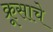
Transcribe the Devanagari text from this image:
क्रूसाचे